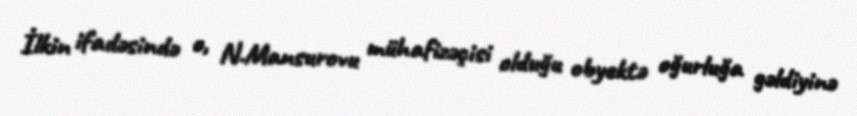
İlkin ifadəsində o, N.Mansurovu mühafizəçisi olduğu obyektə oğurluğa gəldiyinə